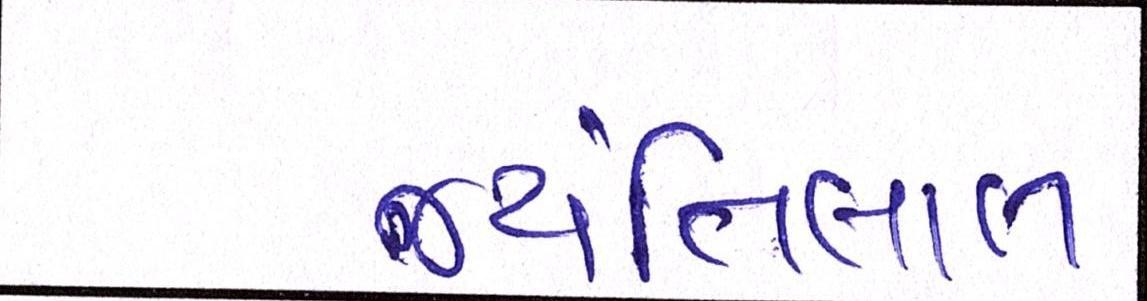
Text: જયંતીલાલ